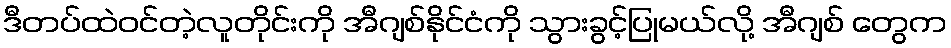
ဒီတပ်ထဲဝင်တဲ့လူတိုင်းကို အီဂျစ်နိုင်ငံကို သွားခွင့်ပြုမယ်လို့ အီဂျစ် တွေက